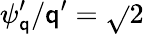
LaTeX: \psi_{\mathsf{q}}^{\prime}/\mathsf{q}^{\prime}=\sqrt{}{{2}}